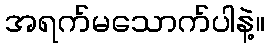
အရက်မသောက်ပါနဲ့။